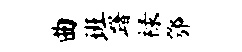
曲班躇禄鄂